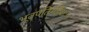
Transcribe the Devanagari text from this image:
भूतपतिर्महेशः।।